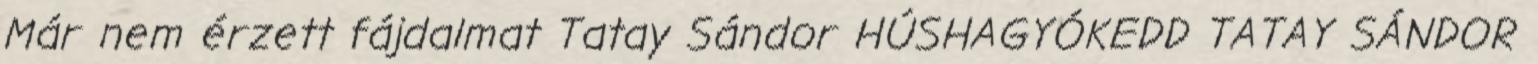
Már nem érzett fájdalmat Tatay Sándor HÚSHAGYÓKEDD TATAY SÁNDOR